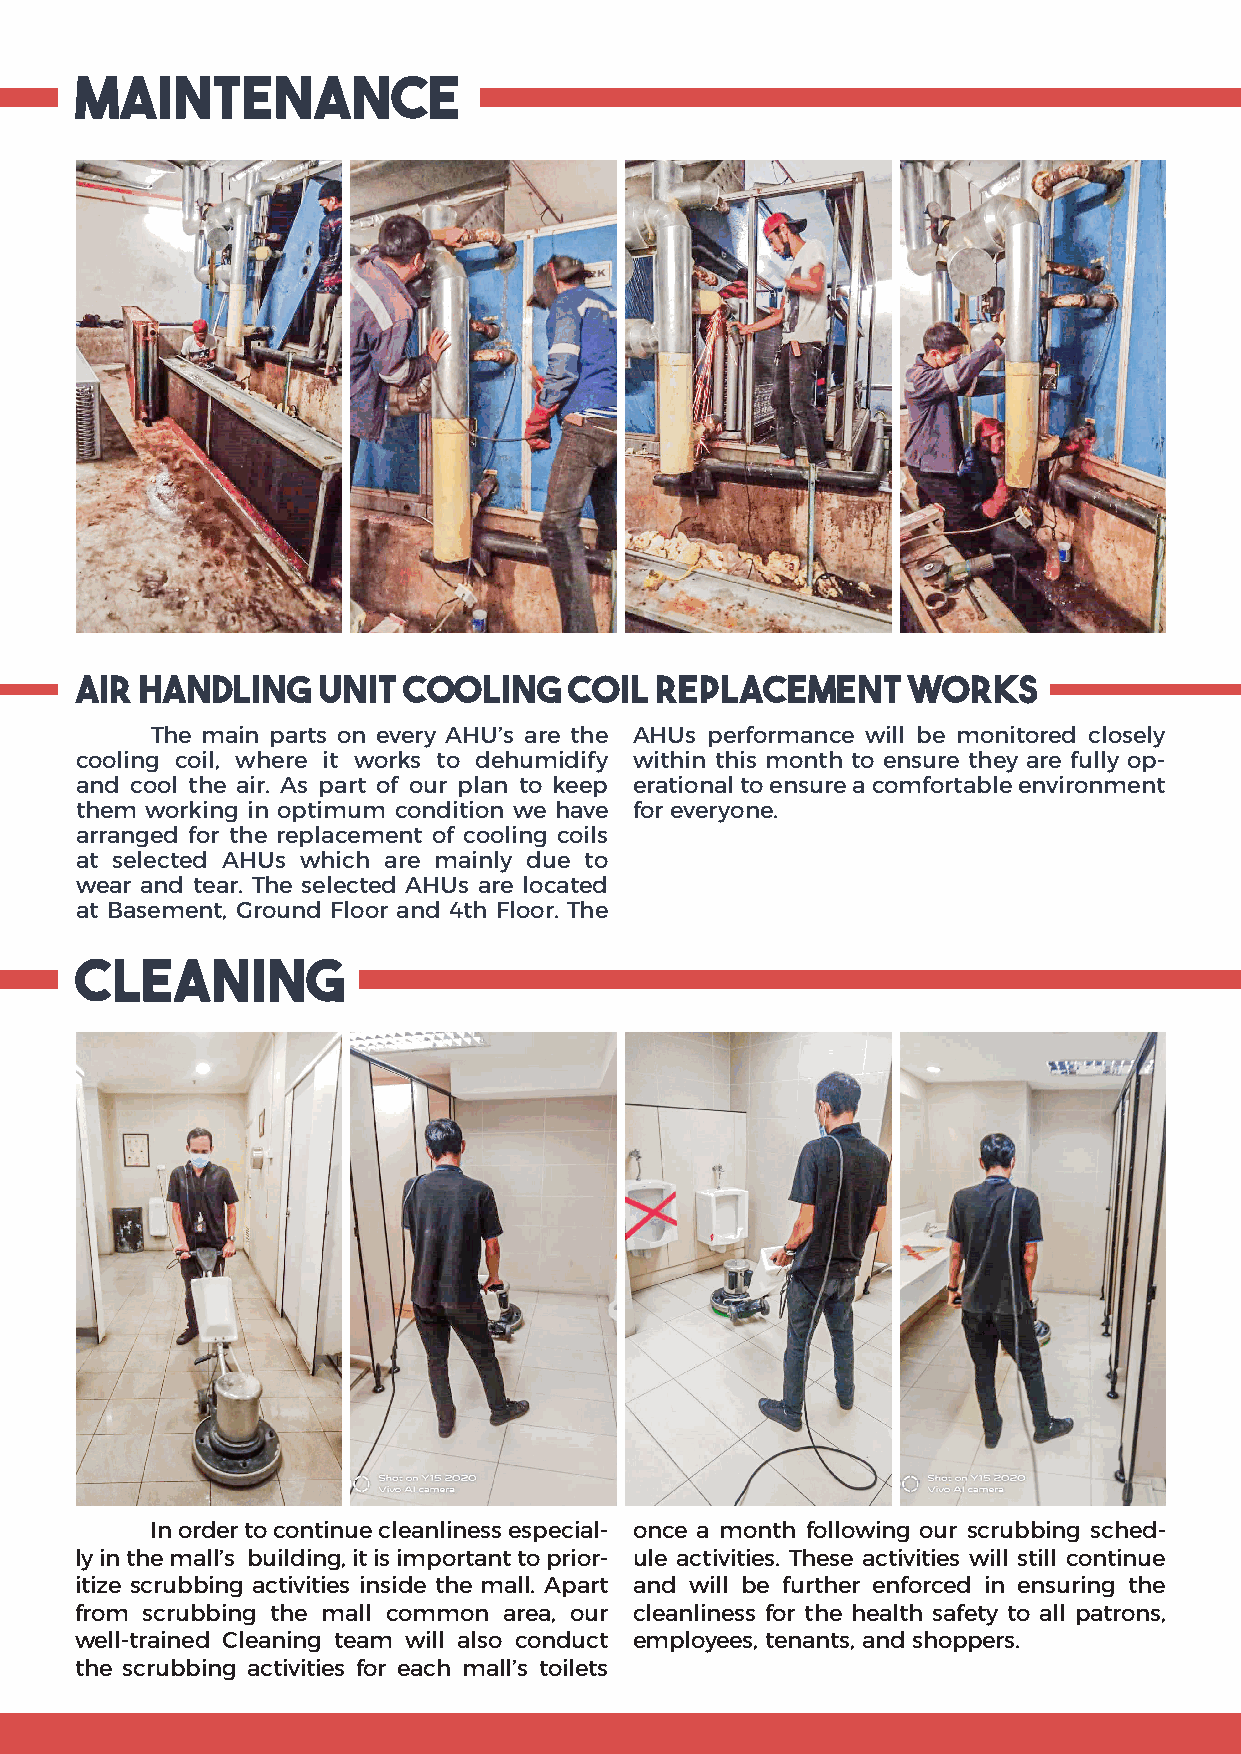
MAINTENANCE
 Air Handling    Unit  Cooling    Coil Replacement      Works
 The main parts on every AHU’s are the AHUs performance will be monitored closely
 cooling coil, where it works to dehumidify within this month to ensure they are fully op-
 and cool the air. As part of our plan to keep erational to ensure a comfortable environment
 them working in optimum condition we have for everyone.
 arranged for the replacement of cooling coils
 at selected AHUs which are mainly due to
 wear and tear. The selected AHUs are located
 at Basement, Ground Floor and 4th Floor. The
 Cleaning
 In order to continue cleanliness especial- once a month following our scrubbing sched-
 ly in the mall’s building, it is important to prior- ule activities. These activities will still continue
 itize scrubbing activities inside the mall. Apart and will be further enforced in ensuring the
 from scrubbing the mall common area, our cleanliness for the health safety to all patrons,
 well-trained Cleaning team will also conduct employees, tenants, and shoppers.
 the scrubbing activities for each mall’s toilets